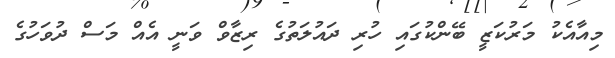
މިއާއެކު މަރުކަޒީ ބޭންކުގައި ހުރި ދައުލަތުގެ ރިޒާވް ވަނީ އެއް މަސް ދުވަހުގެ